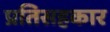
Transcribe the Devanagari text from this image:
प्रतिसहकार